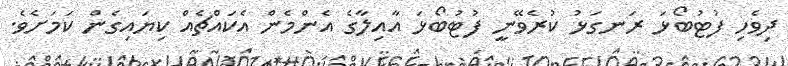
ދިވެހި ފުޓުބޯޅަ ރަނގަޅު ކުރެވޭނީ ފުޓުބޯޅަ އާއިލާގެ އެންމެން އެކައްޗެއް ކިޔައިގެން ކަމަށެވެ.